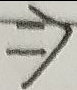
\Rightarrow